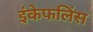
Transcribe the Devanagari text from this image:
इंकेफलिंस